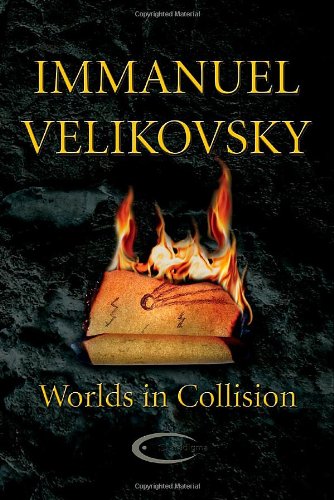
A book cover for Worlds in Collision; Immanuel Velikovsky; Religion & Spirituality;